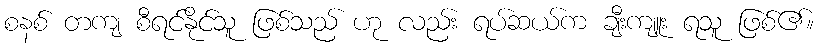
စနစ် တကျ စီရင်နိုင်သူ ဖြစ်သည် ဟု လည်း ရပ်ဆယ်က ချီးကျူး ရသူ ဖြစ်၏။